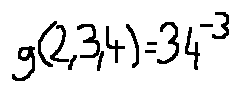
g ( 2 , 3 , 4 ) = 3 4 ^ { - 3 }